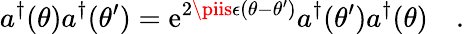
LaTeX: a^{\dagger}(\theta)a^{\dagger}(\theta^{\prime})=\mathrm{e}^{2\piis\epsilon(\theta-\theta^{\prime})}a^{\dagger}(\theta^{\prime})a^{\dagger}(\theta)\quad.